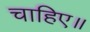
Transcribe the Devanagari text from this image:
चाहिए॥